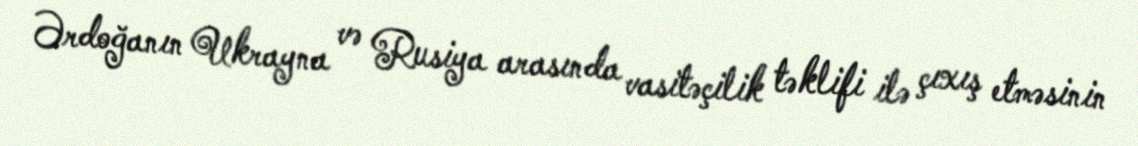
Ərdoğanın Ukrayna və Rusiya arasında vasitəçilik təklifi ilə çıxış etməsinin